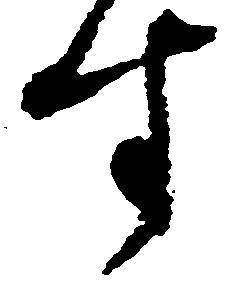
す